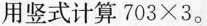
用竖式计算703×3。